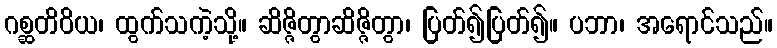
ဂစ္ဆတိဝိယ၊ ထွက်သကဲ့သို့။ ဆိဇ္ဇိတွာဆိဇ္ဇိတွာ၊ ပြတ်၍ပြတ်၍။ ပဘာ၊ အရောင်သည်။